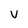
Character: V